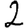
Digit: 2